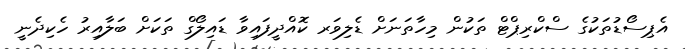
އެޕިސޯޑުތަކުގެ ސްކްރިޕްޓް ތަކުން މިހާތަނަށް ޑެލިވަރ ކޮއްދީފައިވާ ޑައިލޯގް ތަކަށް ބަލާއިރު ހެކިދެނީ